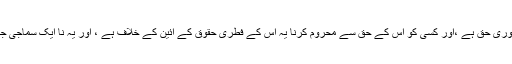
یہ بات طے ہے کہ بولنا ہر انسان کا جمہوری حق ہے ،اور کسی کو اس کے حق سے محروم کرنا یہ اس کے فطری حقوق کے آئین کے خلاف ہے ، اور یہ نا ایک سماجی جرم ہے بلکہ جمہوریت کی تذلیل بھی ہے۔